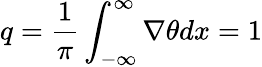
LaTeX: q=\frac{1}{\pi}\int_{-\infty}^{\infty}{\nabla\theta dx}=1